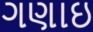
ગણાઇ